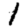
Digit: 1